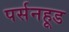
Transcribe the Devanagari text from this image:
पर्सनहूड